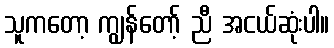
သူကတော့ ကျွန်တော့် ညီ အငယ်ဆုံးပါ။